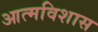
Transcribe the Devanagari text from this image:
आत्मविशास